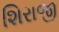
શિરાજી